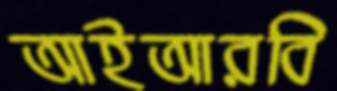
আইআরবি